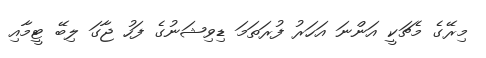
މިރޭގެ މެޗަކީ އަންނަ އަހަރު ފުރަތަމަ ޑިވިޝަނުގެ ފަހު ޖާގަ ލިބޭ ޓީމާއި